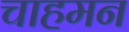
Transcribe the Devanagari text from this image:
चाहमन